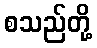
စသည်တို့